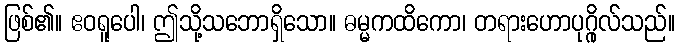
ဖြစ်၏။ ဧဝရူပေါ၊ ဤသို့သဘောရှိသော။ ဓမ္မကထိကော၊ တရားဟောပုဂ္ဂိုလ်သည်။